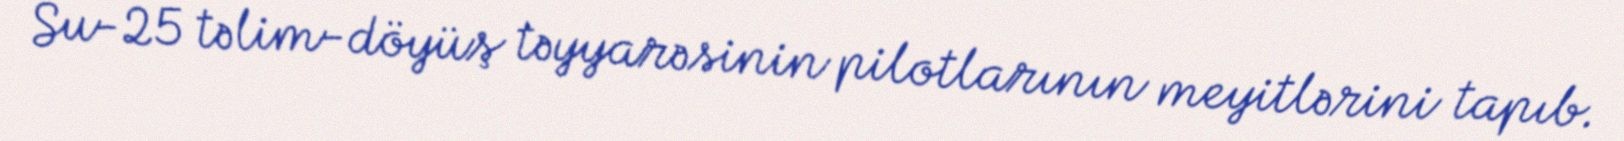
Su-25 təlim-döyüş təyyarəsinin pilotlarının meyitlərini tapıb.